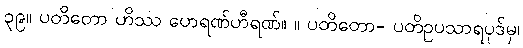
၃၉။ ပတိတော ဟိဿ ဟေရဏ်ဟီရဏ်။ ။ ပတိတော- ပတိဥပသာရပုဒ်မှ၊